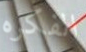
الفكره